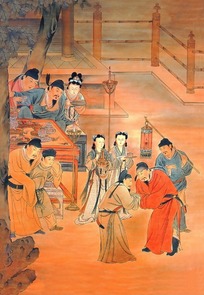
麦收上场绢在轴，的知输得官家足。